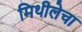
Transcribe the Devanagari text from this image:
मिथीलेचा